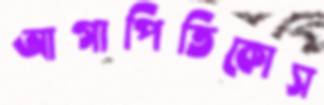
আগাপিতিকোস